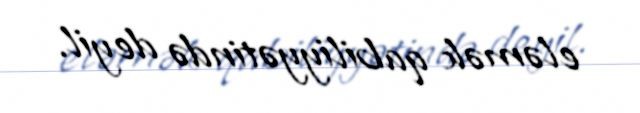
eləmək qabiliyyətində deyil.